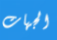
الجهات